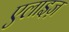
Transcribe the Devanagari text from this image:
एलाइज़